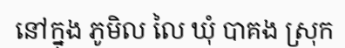
នៅក្នុង ភូមិល លៃ ឃុំ បាគង ស្រុក